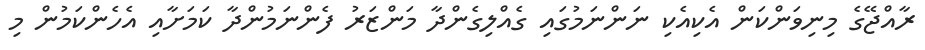
ރާއްޖޭގެ މިނިވަންކަން އެކިއެކި ނަންނަމުގައި ގެއްލިގެންދާ މަންޒަރު ފެންނަމުންދާ ކަމަށާއި އެހެންކަމުން މި